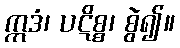
ဣဒံ၊ ပဋိစ္စ၊ စွဲ၍။